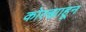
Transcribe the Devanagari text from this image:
कोल्ह्याहून